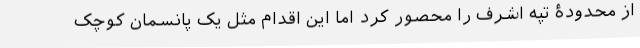
از محدودۀ تپه اشرف را محصور کرد اما این اقدام مثل یک پانسمان کوچک